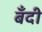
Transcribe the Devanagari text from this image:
बँदी